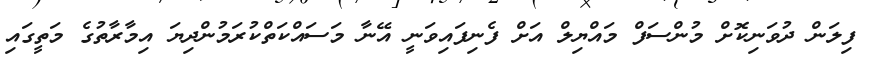
ފިލަން ދުވަނިކޮށް މުންސަފް މައްޔިލް އަށް ފެނިފައިވަނީ އޭނާ މަސައްކަތްކުރަމުންދިޔަ އިމާރާތުގެ މަތީގައި